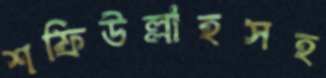
শফিউল্লাহসহ